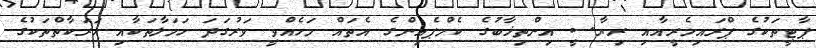
ޕާޓީތަކުގެ ޕްރައިމެރީއާއި ރިޔާސީ އިންތިޚާބުގެ ކެމްޕެއިންގެ އެތައް މަހެއްވީ ވަރުގަދަ ހަމަލާތަކާއި ހަރަކާތްތަކުގެ